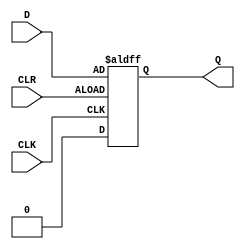
module gated_d_latch(
    input D, CLK, CLR,
    output reg Q
);

always @(posedge CLK or negedge CLR) begin
    if (CLR) begin
        Q <= 0;
    end else begin
        Q <= D;
    end
end

endmodule